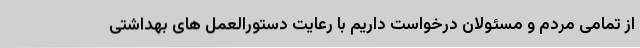
از تمامی مردم و مسئولان درخواست داریم با رعایت دستورالعمل های بهداشتی